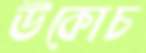
উকোচ